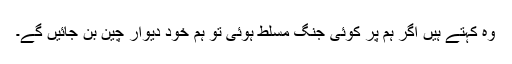
وہ کہتے ہیں اگر ہم پر کوئی جنگ مسلط ہوئی تو ہم خود دیوارِ چین بن جائیں گے۔